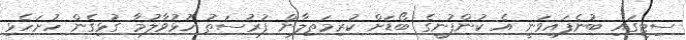
ސިޓީގައި ބުނެފައިވަނީ އެ ކުންފުނީގެ ބޯޑަށް ކުރިމަތިލާން ފުރުސަތު ހުޅުވާލުމާ ގުޅިގެން ހުށަހެޅި